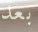
بعد